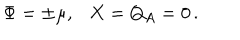
\Phi = \pm \mu , X = Q _ { A } = 0 \, .